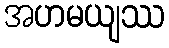
အဟမယျဿ